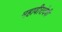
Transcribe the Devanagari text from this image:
महावीरादेवी